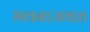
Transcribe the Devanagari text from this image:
भवनाजवळ